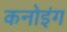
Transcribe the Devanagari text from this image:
कनोइंग